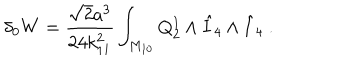
\delta _ { 0 } W = { \frac { \sqrt 2 a ^ { 3 } } { 2 4 k _ { 1 1 } ^ { 2 } } } \int _ { M _ { 1 0 } } Q _ { 2 } ^ { 1 } \wedge { \hat { I } } _ { 4 } \wedge { \hat { I } } _ { 4 } \ .